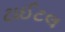
ટાઈટલ